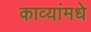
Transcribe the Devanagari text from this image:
काव्यांमधे